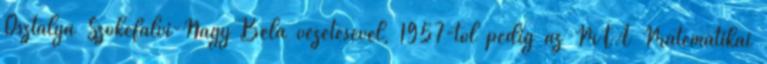
Osztálya Szőkefalvi-Nagy Béla vezetésével, 1957-től pedig az MTA Matematikai